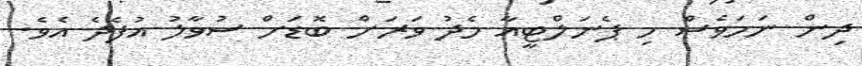
ދިން ނަމަވެސް މި ޕެނަލްޓީއާ މެދު ވަރަށް ބޮޑަށް ސުވާލު އުފެދެ އެވެ.